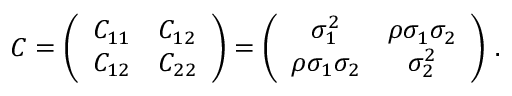
C = \left( \begin{array} { l l } { C _ { 1 1 } } & { C _ { 1 2 } } \\ { C _ { 1 2 } } & { C _ { 2 2 } } \end{array} \right) = \left( \begin{array} { c c } { \sigma _ { 1 } ^ { 2 } } & { \rho \sigma _ { 1 } \sigma _ { 2 } } \\ { \rho \sigma _ { 1 } \sigma _ { 2 } } & { \sigma _ { 2 } ^ { 2 } } \end{array} \right) \, .